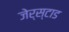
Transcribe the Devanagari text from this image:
जेर्स्टाड